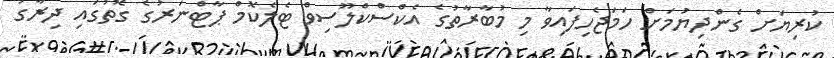
ކުރިޔަށް ގެންދިޔުމަށް ހަމަޖެހިފައިވާ މި މުބާރާތުގެ އެކްސްކްލޫސިވް ޓެލެކޮމް ޕާޓްނަރުގެ ގޮތުގައި ދިރާގު